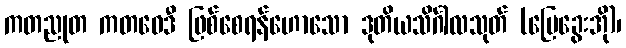
ကတညုတ ကတဝေဒီ ဖြစ်စေရန်ဟောသော ဒုတိယသိင်္ဂါလသုတ် (မြေခွေးအို)၊